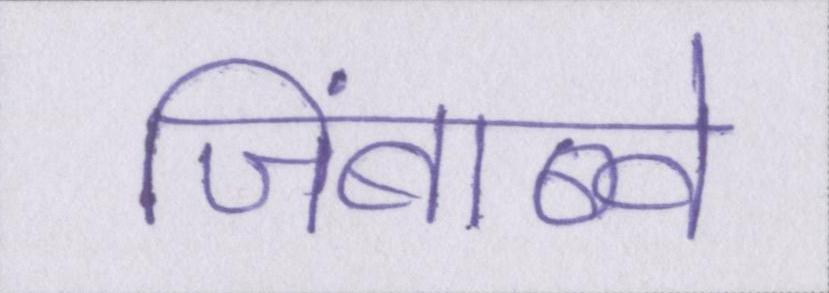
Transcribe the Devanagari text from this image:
जिंबाब्वे